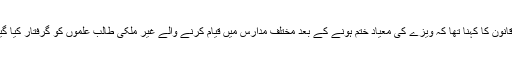
وزیرقانون کا کہنا تھا کہ ویزے کی معیاد ختم ہونے کے بعد مختلف مدارس میں قیام کرنے والے غیر ملکی طالب علموں کو گرفتار کیا گیا ہے۔